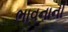
ભાવનાની